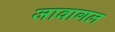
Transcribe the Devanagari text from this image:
जावागल